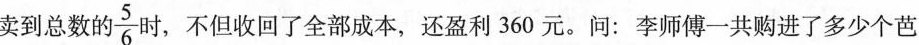
卖到总数的\frac{5}{6}时，不但收回了全部成本，还盈利360元。问：李师傅一共购进了多少个芭